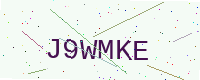
Text: J9WMKE